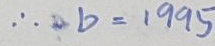
\therefore b = 1 9 9 5